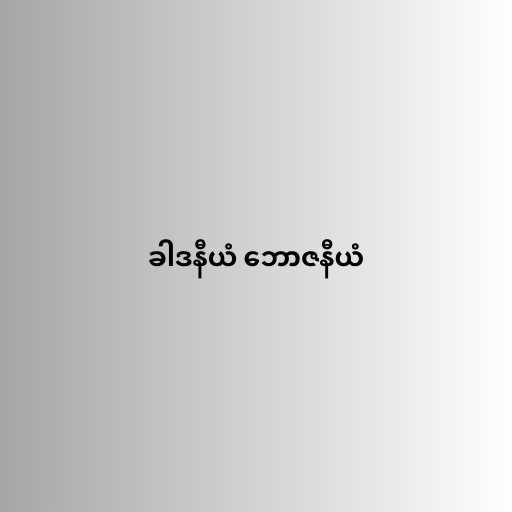
ခါဒနီယံ ဘောဇနီယံ